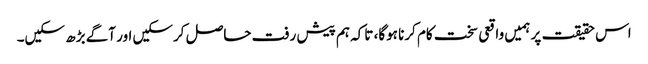
اس حقیقت پر ہمیں واقعی سخت کام کرنا ہوگا، تاکہ ہم پیش رفت حاصل کرسکیں اور آگے بڑھ سکیں۔